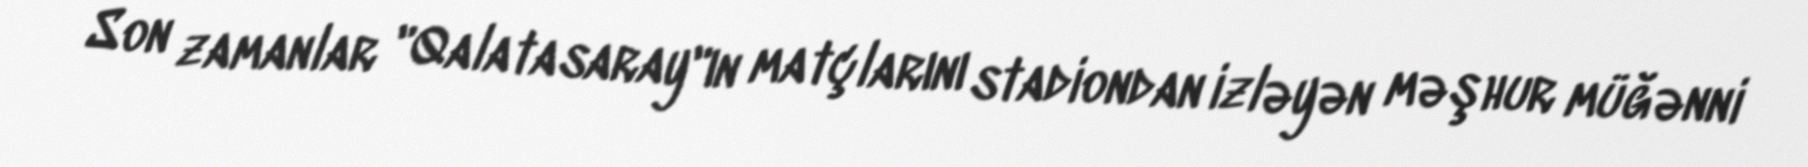
Son zamanlar "Qalatasaray"ın matçlarını stadiondan izləyən məşhur müğənni